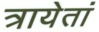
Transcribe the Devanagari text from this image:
त्रायेतां